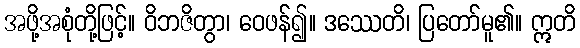
အဖို့အစုံတို့ဖြင့်။ ဝိဘဇိတွာ၊ ဝေဖန်၍။ ဒဿေတိ၊ ပြတော်မူ၏။ ဣတိ